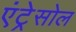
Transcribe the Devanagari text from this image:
एंट्रेसोल